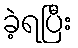
ခဲ့ရပြီး